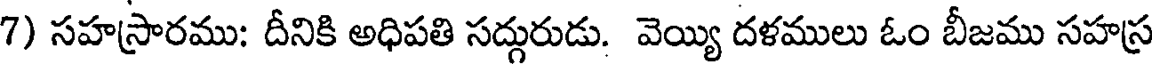
7) సహస్రారము: దీనికి అధిపతి సద్గురుడు. వెయ్యి దళములు ఓం బీజము సహస్ర